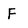
Character: F